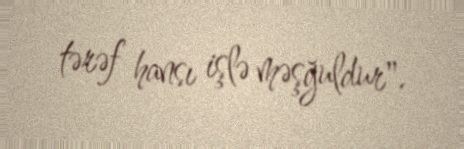
tərəf hansı işlə məşğuldur".